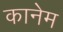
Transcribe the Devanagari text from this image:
कानेम